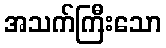
အသက်ကြီးသော